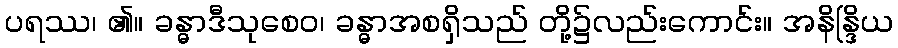
ပရဿ၊ ၏။ ခန္ဓာဒီသုစေဝ၊ ခန္ဓာအစရှိသည် တို့၌လည်းကောင်း။ အနိန္ဒြိယ